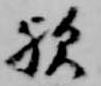
歟